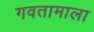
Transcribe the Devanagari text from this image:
गवतामाला